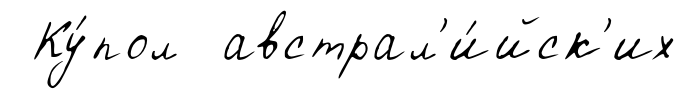
Ку́пол австрал'и́йск'их